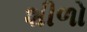
શીળો